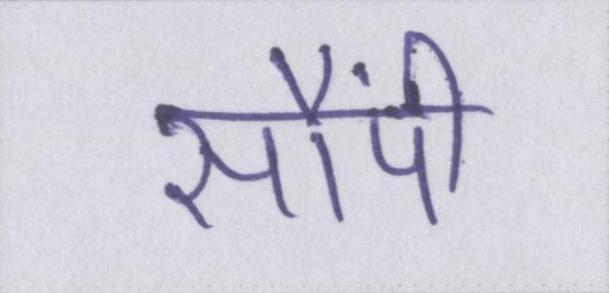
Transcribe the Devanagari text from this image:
सौंपी